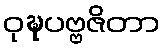
ဝုဍ္ဎပဗ္ဗဇိတာ